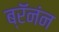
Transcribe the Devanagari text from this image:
ब्रॅनंन